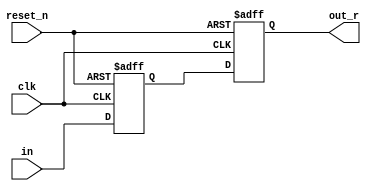
module dualffsync (/*AUTOARG*/
   // Outputs
   out_r,
   // Inputs
   in, clk, reset_n
   );

   input in;
   output out_r;

   input clk;
   input reset_n;

   /*AUTOINPUT*/
   /*AUTOOUTPUT*/

   /*AUTOREG*/
   /*AUTOWIRE*/
   reg   in_m;
   reg   in_r;

   always @(posedge clk or negedge reset_n) begin
      if(reset_n == 1'b0) begin
         /*AUTORESET*/
         // Beginning of autoreset for uninitialized flops
         in_m <= 1'h0;
         in_r <= 1'h0;
         // End of automatics
      end
      else begin
         in_m <= in;
         in_r <= in_m;
      end
   end
   assign out_r = in_r;

endmodule // dualffsync
/*
 Local Variables:
 verilog-library-directories:(
 "."
 )
 End:
 */